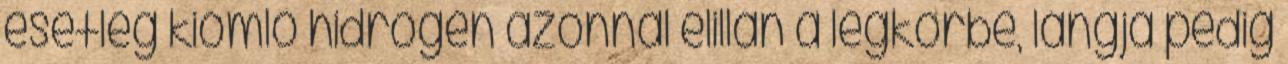
esetleg kiömlő hidrogén azonnal elillan a légkörbe, lángja pedig